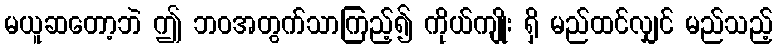
မယူဆတော့ဘဲ ဤ ဘဝအတွက်သာကြည့်၍ ကိုယ်ကျိုး ရှိ မည်ထင်လျှင် မည်သည့်